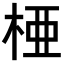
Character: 𬂲